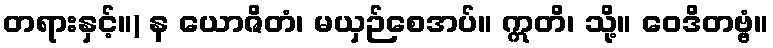
တရားနှင့်။) န ယောဇိတံ၊ မယှဉ်စေအပ်။ ဣတိ၊ သို့။ ဝေဒိတဗ္ဗံ။